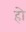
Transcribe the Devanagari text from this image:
हो